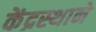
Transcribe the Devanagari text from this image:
केंद्रस्थाने